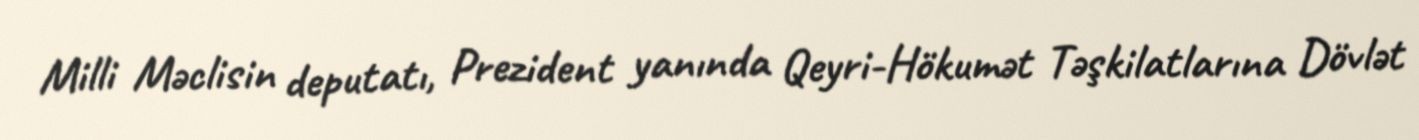
Milli Məclisin deputatı, Prezident yanında Qeyri-Hökumət Təşkilatlarına Dövlət